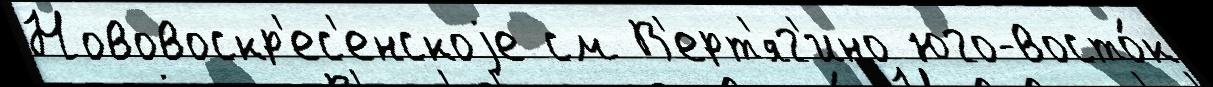
Нововоскр'ес'енскоjе см В'ерт'яг'ино юго-восто́к